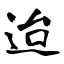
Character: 迨